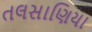
તલસાણિયા